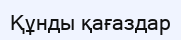
Құнды қағаздар